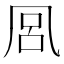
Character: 𭂴